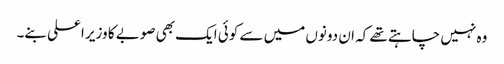
وہ نہیں چاہتے تھے کہ ان دونوں میں سے کوئی ایک بھی صوبے کا وزیر اعلی بنے۔